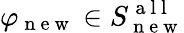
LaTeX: \varphi_{\mathrm{~n~e~w~}}\in S_{\mathrm{~n~e~w~}}^{\mathrm{~a~l~l~}}